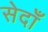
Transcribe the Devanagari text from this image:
सेदाँ